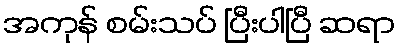
အကုန် စမ်းသပ် ပြီးပါပြီ ဆရာ